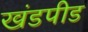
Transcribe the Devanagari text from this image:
खंडपीड